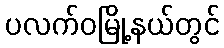
ပလက်ဝမြို့နယ်တွင်